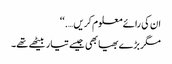
ان کی رائے معلوم کریں….‘‘
مگر بڑے بھیا بھی جیسے تیار بیٹھے تھے۔